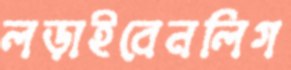
লড়াইবেনলিগ